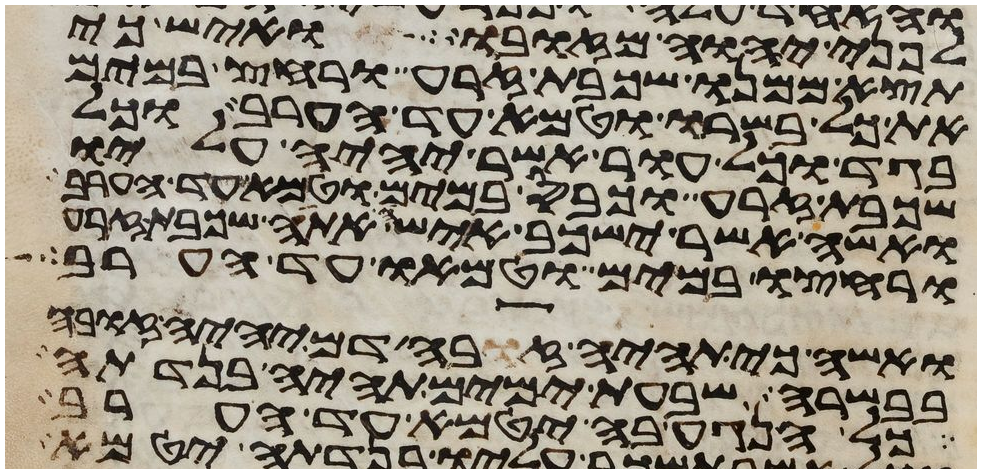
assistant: לפני יהוה מזובו ואיש כי
תצא ממנו שכבת זרע ורחץ במים
את כל בשרו וטמא עד הערב וכל
בגד וכל עור אשר יהיה עליו
שכבת זרע וכבס במים וטמא עד הערב
ואשה אשר ישכב אישה אתה שכבת זרע
ורחצו במים וטמאו עד הערב
ואשה כי תהיה זבה דם יהיה זובה
בבשרה שבעת ימים תהיה בנדתה
כל הנגע בה יטמא עד הערב